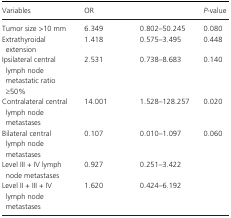
<table><thead><tr><td><b>Variables</b></td><td><b>OR</b></td><td>[EMPTY_CELL]</td><td><b><i>P</i>‐value</b></td></tr></thead><tbody><tr><td>Tumor size &gt;10 mm</td><td>6.349</td><td>0.802–50.245</td><td>0.080</td></tr><tr><td>Extrathyroidal extension</td><td>1.418</td><td>0.575–3.495</td><td>0.448</td></tr><tr><td>Ipsilateral central lymph node metastatic ratio ≥50%</td><td>2.531</td><td>0.738–8.683</td><td>0.140</td></tr><tr><td>Contralateral central lymph node metastases</td><td>14.001</td><td>1.528–128.257</td><td>0.020</td></tr><tr><td>Bilateral central lymph node metastases</td><td>0.107</td><td>0.010–1.097</td><td>0.060</td></tr><tr><td>Level III + IV lymph node metastases</td><td>0.927</td><td>0.251–3.422</td><td>[EMPTY_CELL]</td></tr><tr><td>Level II + III + IV lymph node metastases</td><td>1.620</td><td>0.424–6.192</td><td>[EMPTY_CELL]</td></tr></tbody></table>